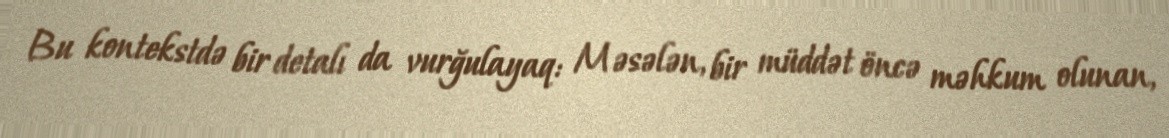
Bu kontekstdə bir detalı da vurğulayaq: Məsələn, bir müddət öncə məhkum olunan,